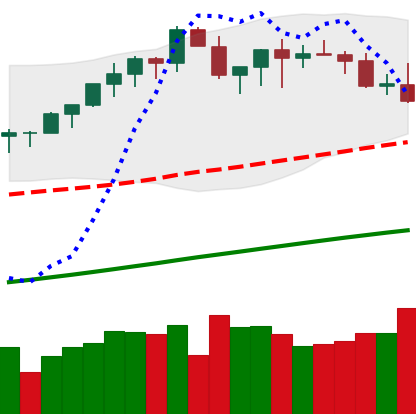
Ticker: BTC-USD
Chart end date: 2021-03-24
Forward return: 9.429%
Label: up_7plus